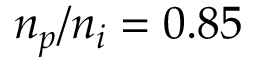
n _ { p } / n _ { i } = 0 . 8 5